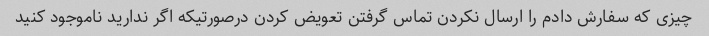
چیزی که سفارش دادم را ارسال نکردن تماس گرفتن تعویض کردن درصورتیکه اگر ندارید ناموجود کنید